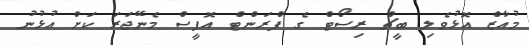
މުއާޒް އޮޅުވެލި ބީޗް ރިސޯޓް ގެ ފްރަންޓް އޮފީސް މެނޭޖަރަ ކަށް އުޅުނު